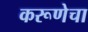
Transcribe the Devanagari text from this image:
करूणेचा